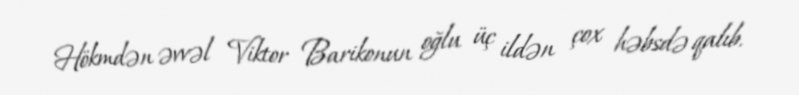
Hökmdən əvvəl Viktor Barikonun oğlu üç ildən çox həbsdə qalıb.